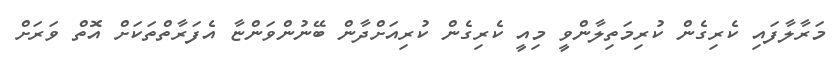
މަރާލާފައި ކެރިގެން ކުރިމަތިލާންވީ މިއީ ކެރިގެން ކުރިއަށްދާން ބޭނުންވަންޏާ އެފަރާތްތަކަށް އޮތް ވަރަށް